Report of the veterinary officer investigating camel disease
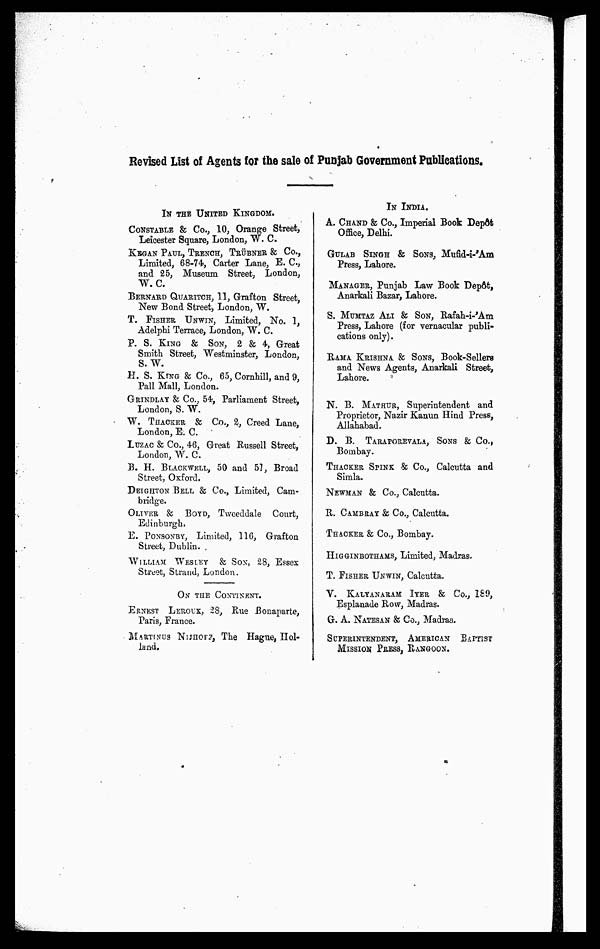
Revised List of Agents for the sale of Punjab Government Publications.
IN THE UNITED KINGDOM.
CONSTABLE & Co., 10, Orange Street,
Leicester Square, London, W. C.
KEGAN PAUL, TRENCH, TRÜBNER & Co.,
Limited, 68-74, Carter Lane, E. C,
and 25, Museum Street, London,
W. C.
BERNARD QUARITCH, 11, Grafton Street,
New Bond Street, London, W.
T. FISHER UNWIN, Limited, No. 1,
Adelphi Terrace, London, W. C.
P. S. KING & SON, 2 & 4, Great
Smith Street, Westminster, London,
S.W.
H. S. KING & Co., 65, Cornhill, and 9,
Pall Mall, London.
GRINDLAY & Co., 54, Parliament Street,
London, S. W.
W. THACKER & Co., 2, Creed Lane,
London, E. C.
LUZAC & Co., 46, Great Russell Street,
London, W. C.
B. H. BLACKWELL, 50 and 57, Broad
Street, Oxford.
DEIGHTON BELL & Co., Limited, Cam-
bridge.
OLIVE,
Tweeddale Court,
Edinburgh.
E. PONSONBY, Limited, 116, Grafton
Street, Dublin.
WILLIAM WESLEY & Sox, 28, Esses
Street, Strand, London.
ON THE CONTINENT.
ERNEST LEROUX, 28, Rue Bonaparte,
Paris, France.
MARTINUS NIJHOF, The Hague, Hol-
land.
IN INDIA.
A. CHAND & Co., Imperial Book Depôt
Office, Delhi.
GULAN SINGH & SONS, Mufid-i-'Am
Press, Lahore.
MANAGER, Punjab Law Book Depôt,
Anarkali Bazar, Lahore.
S. MUMTAZ ALI & SON, Rafah-i-'Am
Press, Lahore (for vernacular publi-
cations only).
RAMA KRISHNA & SONS, Book-Sellers
and News Agents, Anarkali Street,
Lahore.
N. B. MATHUR, Superintendent and
Proprietor, Nazir Kanun Hind Press,
Allahabad.
D. B. TARAPOREVALA, SONS & Co.,
Bombay.
THACKER SPINK & Co., Calcutta and
Simla.
NEWMAN & Co., Calcutta.
R. CAMBRAY & Co., Calcutta.
THACKER & Co., Bombay.
HIGGINBOTHAMS, Limited, Madras.
T.FISHER UNWIN, Calcutta.
V. KALYANARAM IYER & Co., 189,
Esplanade Bow, Madras.
G. A. NATESAN & Co., Madras.
SUPERINTENDENT, AMERICAN BAPTIST
MISSION PRESS, RANGOON.